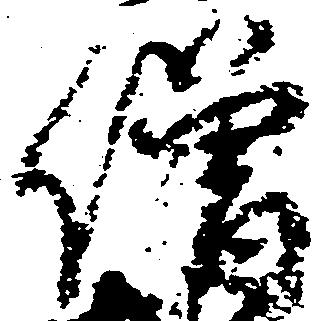
僧